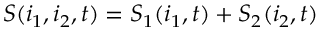
S ( i _ { 1 } , i _ { 2 } , t ) = S _ { 1 } ( i _ { 1 } , t ) + S _ { 2 } ( i _ { 2 } , t )